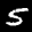
Label: 5